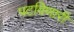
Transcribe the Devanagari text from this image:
पटविणारी